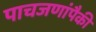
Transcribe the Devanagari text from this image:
पाचजणांपैकी